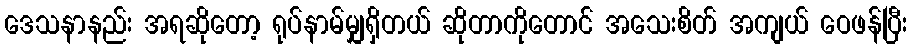
ဒေသနာနည်း အရဆိုတော့ ရုပ်နာမ်မျှရှိတယ် ဆိုတာကိုတောင် အသေးစိတ် အကျယ် ဝေဖန်ပြီး